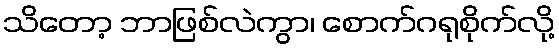
သိတော့ ဘာဖြစ်လဲကွာ၊ စောက်ဂရုစိုက်လို့